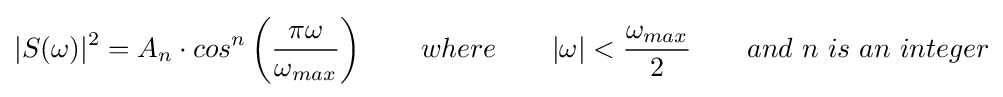
|S(\omega )|^{2}=A_{n}\cdot cos^{n}\left({\frac {\pi \omega }{\omega _{max}}}\right)\qquad where\qquad |\omega |<{\frac {\omega _{max}}{2}}\qquad and\ n\ is\ an\ integer